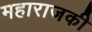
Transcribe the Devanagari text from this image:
महाराजकी